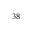
{ } ^ { 3 8 }